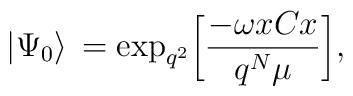
\big|\Psi_0\big>\,={\rm exp}_{q^2}\bigg[{-\omega xCx\over q^N\mu}\bigg] ,